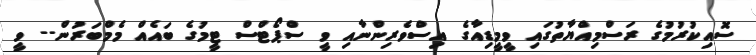
ސޮއިކުރުމުގެ ރަސްމިއްޔާތުގައި ވީމީޑިއާގެ އިސްވެރިންނާއި ވީ ސްޕޯޓްސް ޓީމުގެ ބައެއް މެމްބަރުން-- ވީ